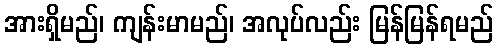
အားရှိမည်၊ ကျန်းမာမည်၊ အလုပ်လည်း မြန်မြန်ရမည်